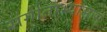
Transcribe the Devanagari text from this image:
संगीताभ्यासास